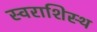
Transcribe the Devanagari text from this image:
स्वराशिस्थ